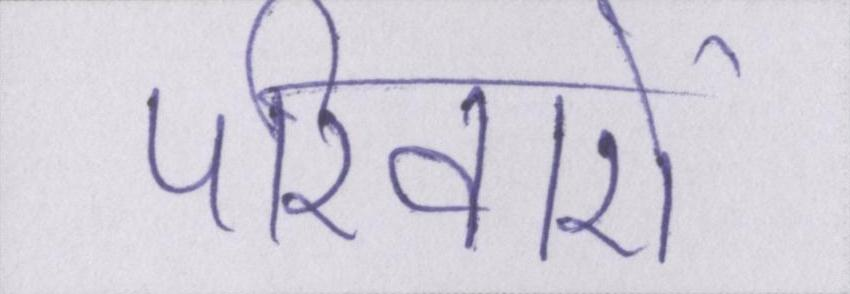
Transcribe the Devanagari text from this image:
परिवारों